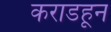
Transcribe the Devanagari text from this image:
कराडहून